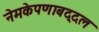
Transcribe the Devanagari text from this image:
नेमकेपणाबद्दल